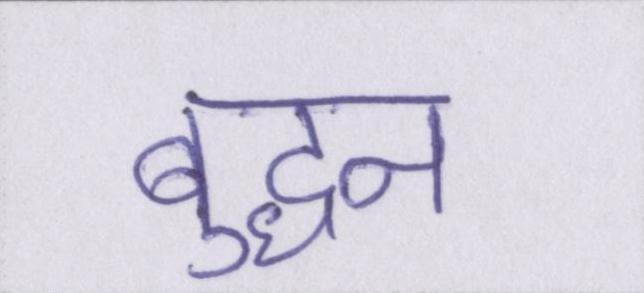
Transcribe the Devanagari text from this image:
बुद्धन